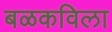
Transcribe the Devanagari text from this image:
बळकविला